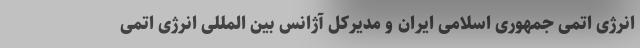
انرژی اتمی جمهوری اسلامی ایران و مدیرکل آژانس بین المللی انرژی اتمی